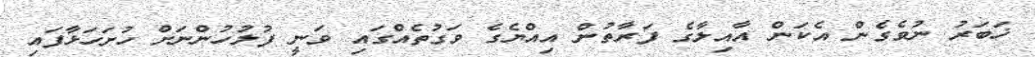
ޚަބަރު ނުވެގެން އެކަން އާއިލާގެ ފަރާތުން އިއްޔެގެ ވަގުތެއްގައި ވަނީ ފުލުހުންނަށް ހުށަހަޅާފައި